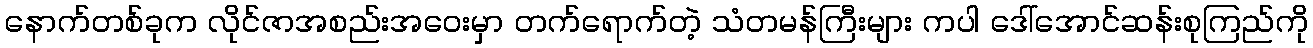
နောက်တစ်ခုက လိုင်ဇာအစည်းအဝေးမှာ တက်ရောက်တဲ့ သံတမန်ကြီးများ ကပါ ဒေါ်အောင်ဆန်းစုကြည်ကို